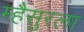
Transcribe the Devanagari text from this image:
म्हैसुरला